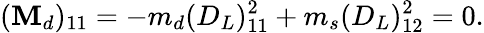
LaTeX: (\mathbf{M}_{d})_{11}=-m_{d}(D_{L})_{11}^{2}+m_{s}(D_{L})_{12}^{2}=0.